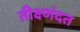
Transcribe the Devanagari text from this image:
तीक्ष्णंदत